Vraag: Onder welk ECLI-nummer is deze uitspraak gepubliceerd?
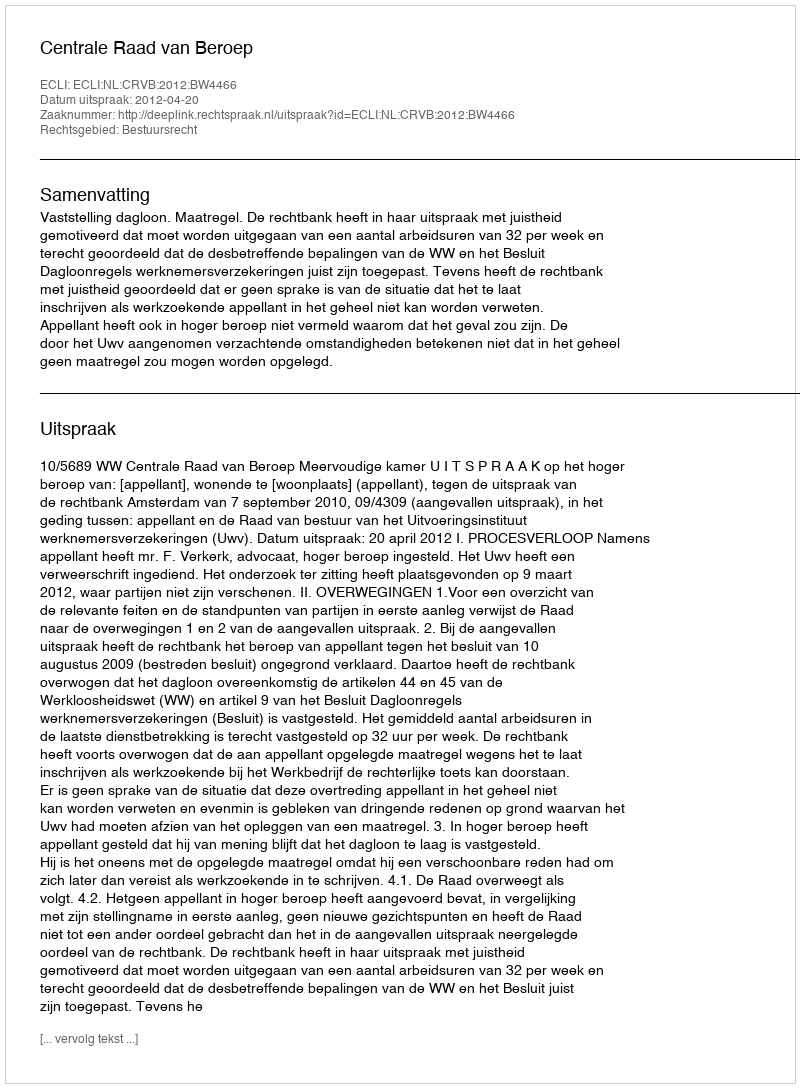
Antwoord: ECLI:NL:CRVB:2012:BW4466